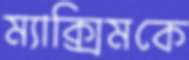
ম্যাক্সিমকে